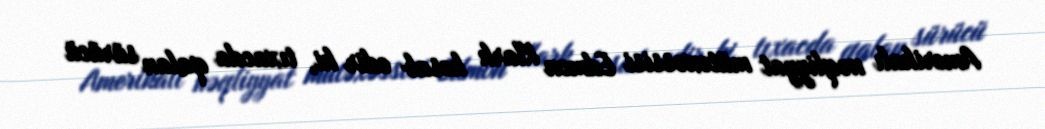
Amerikalı nəqliyyat mütəxəssisi Edmon Klark hesab edir ki, tıxacda qalan sürücü